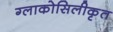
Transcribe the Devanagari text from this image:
ग्लाकोसिलीकृत